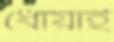
ধোয়াই